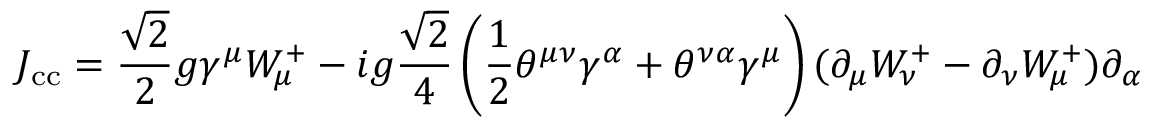
J _ { \mathrm { c c } } = \frac { \sqrt { 2 } } { 2 } g \gamma ^ { \mu } W _ { \mu } ^ { + } - i g \frac { \sqrt { 2 } } { 4 } \left( \frac { 1 } { 2 } \theta ^ { \mu \nu } \gamma ^ { \alpha } + \theta ^ { \nu \alpha } \gamma ^ { \mu } \right) ( \partial _ { \mu } W _ { \nu } ^ { + } - \partial _ { \nu } W _ { \mu } ^ { + } ) \partial _ { \alpha }